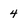
Character: 4